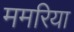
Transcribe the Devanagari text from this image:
ममरिया